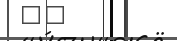
٦٥